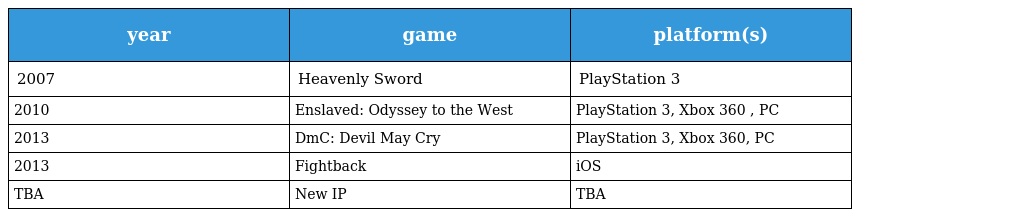
| year | game | platform(s) |
 | --- | --- | --- |
 | 2007 | Heavenly Sword | PlayStation 3 |
 | 2010 | Enslaved: Odyssey to the West | PlayStation 3, Xbox 360 , PC |
 | 2013 | DmC: Devil May Cry | PlayStation 3, Xbox 360, PC |
 | 2013 | Fightback | iOS |
 | TBA | New IP | TBA |